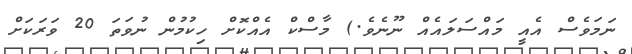
ނަމަވެސް އެއީ މައްސަލައެއް ނޫނެވެ.) މާސްކް އެއްކޮށް ހިކުމުން ނުވަތަ 20 ވަރަކަށް